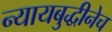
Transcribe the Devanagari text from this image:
न्यायबुद्धीनेच